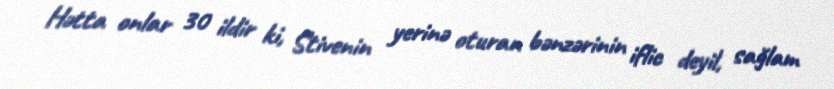
Hətta onlar 30 ildir ki, Stivenin yerinə oturan bənzərinin iflic deyil, sağlam